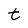
Character: t